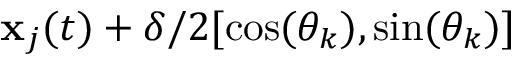
\mathbf { x } _ { j } ( t ) + \delta / 2 [ \cos ( \theta _ { k } ) , \sin ( \theta _ { k } ) ]